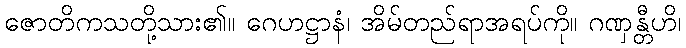
ဇောတိကသတို့သား၏။ ဂေဟဋ္ဌာနံ၊ အိမ်တည်ရာအရပ်ကို။ ဂဏှန္တီဟိ၊